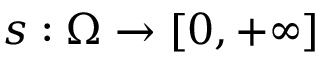
s : \Omega \to [ 0 , + \infty ]